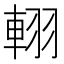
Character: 𨋾